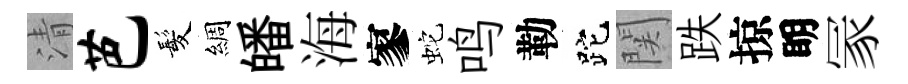
清芭髪綢皤海寥蛇鸣勒跎関跌掠眀冡